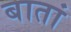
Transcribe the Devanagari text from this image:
बातां